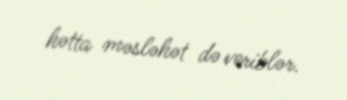
hətta məsləhət də veriblər.